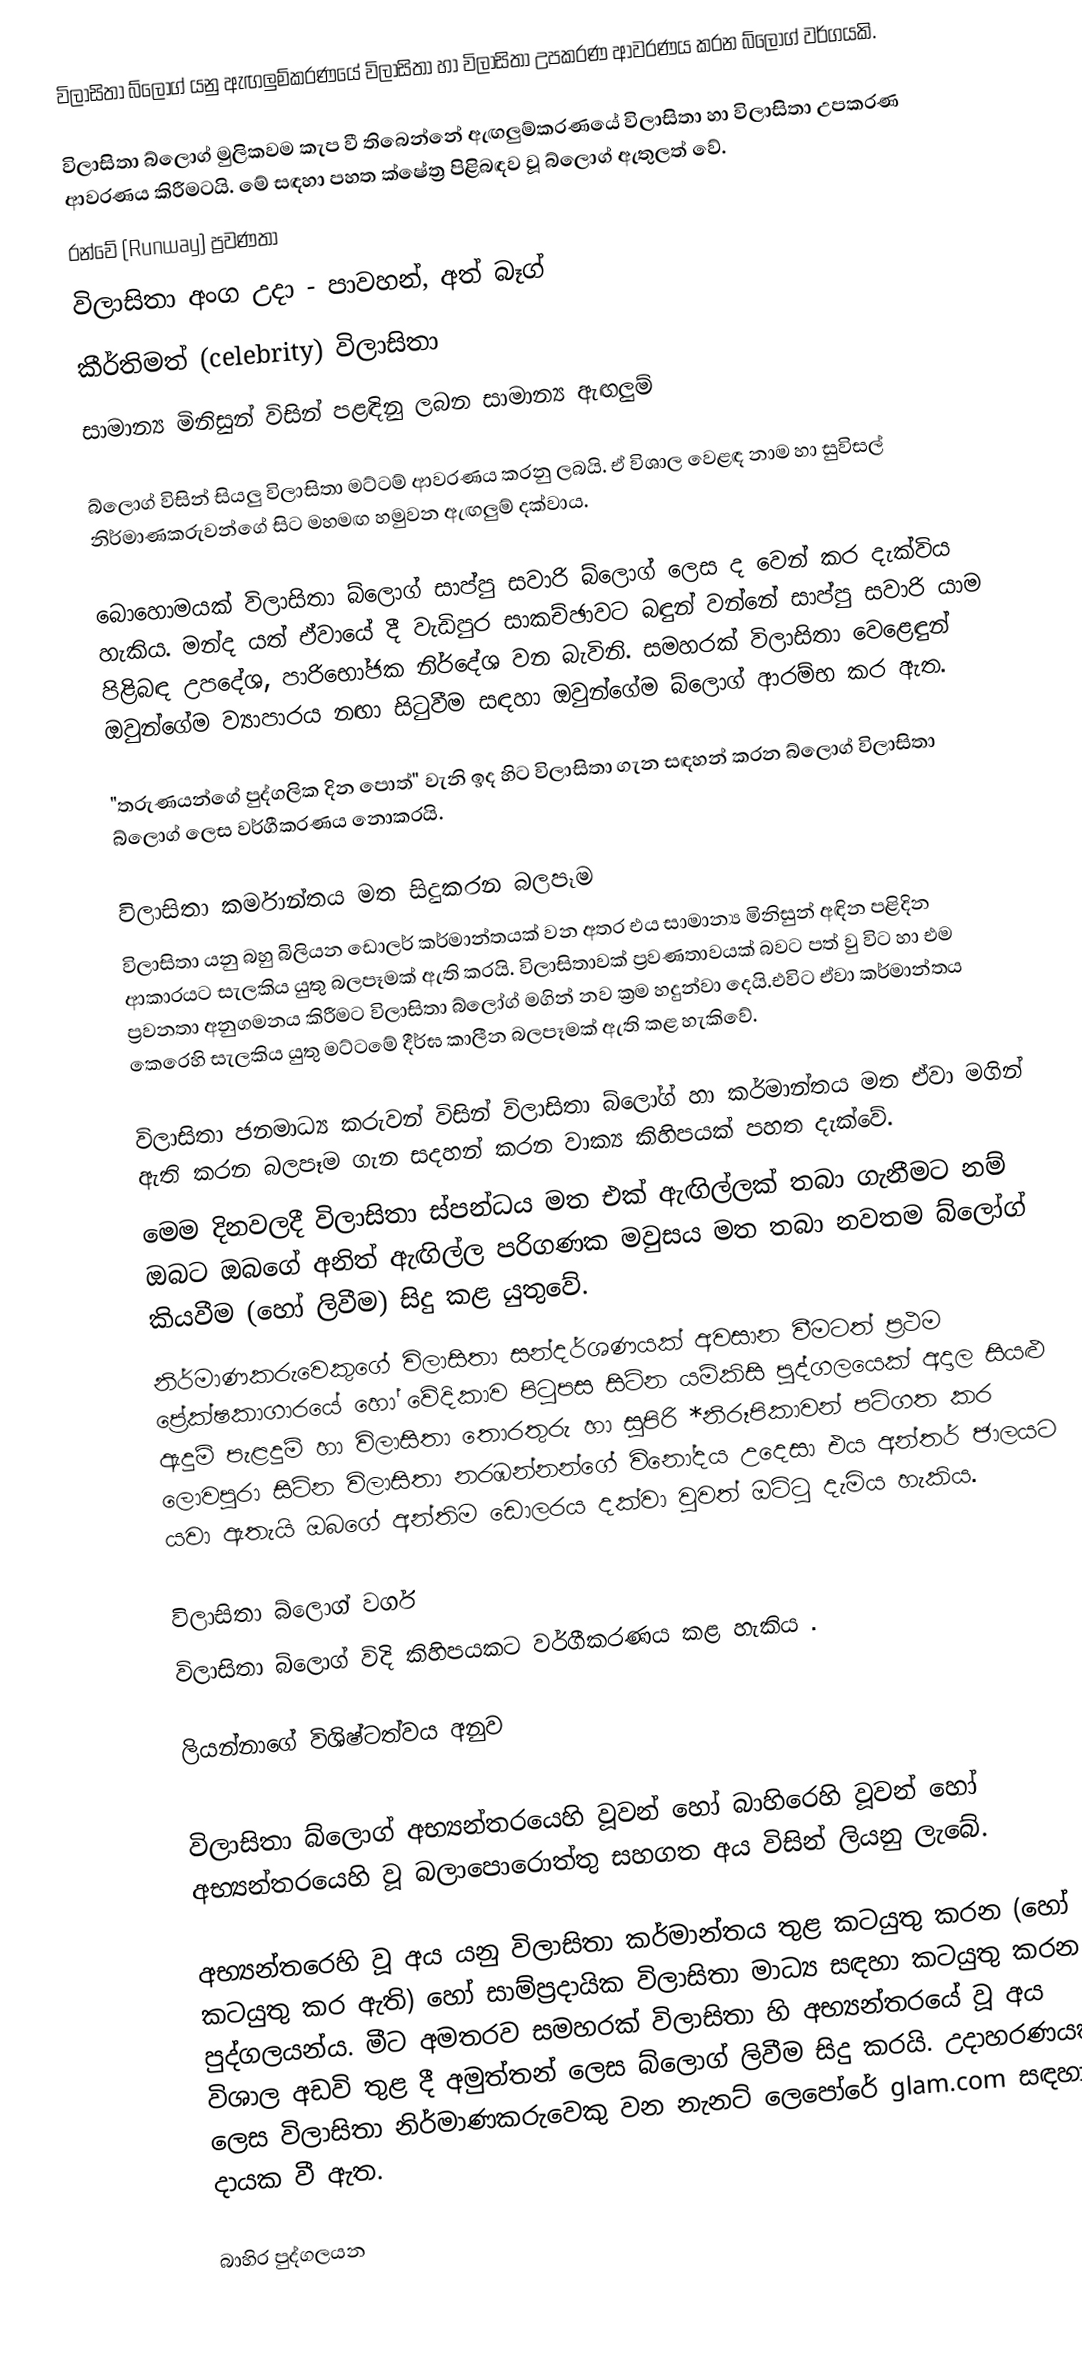
විලාසිතා බ්ලොග් යනු ඇඟලුම්කරණයේ විලාසිතා හා විලාසිතා උපකරණ ආවරණය කරන බ්ලොග් වර්ගයකි.

විලාසිතා බ්ලොග් මුලිකවම කැප වී තිබෙන්නේ ඇඟලුම්කරණයේ විලාසිතා හා විලාසිතා උපකරණ ආවරණය කිරීමටයි. මේ සඳහා පහත ක්ෂේත්‍ර පිළිබඳව වූ බ්ලොග් ඇතුලත් වේ.
 රන්වේ (Runway) ප්‍රවණතා
 විලාසිතා අංග උදා - පාවහන්, අත් බෑග්
 කීර්තිමත් (celebrity) විලාසිතා
 සාමාන්‍ය මිනිසුන් විසින් පළඳිනු ලබන සාමාන්‍ය ඇඟලුම්

බ්ලොග් විසින් සියලු විලාසිතා මට්ටම් ආවරණය කරනු ලබයි. ඒ විශාල වෙළඳ නාම හා සුවිසල් නිර්මාණකරුවන්ගේ සිට මහමඟ හමුවන ඇඟලුම් දක්වාය.

බොහොමයක් විලාසිතා බ්ලොග් සාප්පු සවාරි බ්ලොග් ලෙස ද වෙන් කර දැක්විය හැකිය. මන්ද යත් ඒවායේ දී වැඩිපුර සාකච්ඡාවට බඳුන් වන්නේ සාප්පු සවාරි යාම පිළිබඳ උපදේශ, පාරිභෝජක නිර්දේශ වන බැවිනි. සමහරක් විලාසිතා වෙළෙඳුන් ඔවුන්ගේම ව්‍යාපාරය නඟා සිටුවීම සඳහා ඔවුන්ගේම බ්ලොග් ආරම්භ කර ඇත.

"තරුණයන්ගේ පුද්ගලික දින පොත්" වැනි ඉද හිට විලාසිතා ගැන සඳහන් කරන බ්ලොග් විලාසිතා බ්ලොග් ලෙස වර්ගීකරණය නොකරයි.

විලාසිතා කර්මාන්තය මත සිදුකරන බලපෑම
විලාසිතා යනු බහු බිලියන ඩොලර් කර්මාන්තයක් වන අතර එය සාමාන්‍ය මිනිසුන් අඳින පළිදින ආකාරයට සැලකිය යුතු බලපෑමක් ඇති කරයි. විලාසිතාවක් ප්‍රවණතාවයක් බවට පත් වු විට හා එම ප්‍රවනතා අනුගමනය කිරීමට විලාසිතා බ්ලෝග් මගින් නව ක්‍රම හදුන්වා දෙයි.එවිට ඒවා කර්මාන්තය කෙරෙහි සැලකිය යුතු මට්ටමේ දීර්ඝ කාලීන බලපෑමක් ඇති කළ හැකිවේ.

විලාසිතා ජනමාධ්‍ය කරුවන් විසින් විලාසිතා බ්ලෝග් හා කර්මාන්තය මත ඒවා මගින් ඇති කරන බලපෑම ගැන සදහන් කරන වාක්‍ය කිහිපයක් පහත දැක්වේ.
මෙම දිනවලදී විලාසිතා ස්පන්ධය මත එක් ඇඟිල්ලක් තබා ගැනීමට නම් ඔබට ඔබගේ අනිත් ඇඟිල්ල පරිගණක මවුසය මත තබා නවතම බ්ලෝග් කියවීම (හෝ ලිවීම) සිදු කළ යුතුවේ.
නිර්මාණකරුවෙකුගේ විලාසිතා සන්දර්ශණයක් අවසාන වීමටත් ප්‍රථම ප්‍රේක්ෂකාගාරයේ හෝ වේදිකාව පිටුපස සිටින යම්කිසි පුද්ගලයෙක් අදාල සියළු ඇදුම් පැළදුම් හා විලාසිතා තොරතුරු හා සුපිරි *නිරූපිකාවන් පටිගත කර ලොවපුරා සිටින විලාසිතා නරඹන්නන්ගේ විනෝදය උදෙසා එය අන්තර් ජාලයට යවා ඇතැයි ඔබගේ අන්තිම ඩොලරය දක්වා වුවත් ඔට්ටු දැමිය හැකිය.

විලාසිතා බ්ලොග් වර්ග
විලාසිතා බ්ලොග් විදි කිහිපයකට වර්ගීකරණය කළ හැකිය .

ලියන්නාගේ විශිෂ්ටත්වය අනුව

විලාසිතා බ්ලොග් අභ්‍යන්තරයෙහි වූවන් හෝ බාහිරෙහි වූවන් හෝ අභ්‍යන්තරයෙහි වූ බලාපොරොත්තු සහගත අය විසින් ලියනු ලැබේ.

අභ්‍යන්තරෙහි වූ අය යනු විලාසිතා කර්මාන්තය තුළ කටයුතු කරන (හෝ කටයුතු කර ඇති) හෝ සාම්ප්‍රදායික විලාසිතා මාධ්‍ය සඳහා කටයුතු කරන පුද්ගලයන්ය. මීට අමතරව සමහරක් විලාසිතා හි අභ්‍යන්තරයේ වූ අය විශාල අඩවි තුළ දී අමුත්තන් ලෙස බ්ලොග් ලිවීම සිදු කරයි. උදාහරණයක් ලෙස විලාසිතා නිර්මාණකරුවෙකු වන නැනට් ලෙපෝරේ glam.com සඳහා දායක වී ඇත.

බාහිර පුද්ගලයන